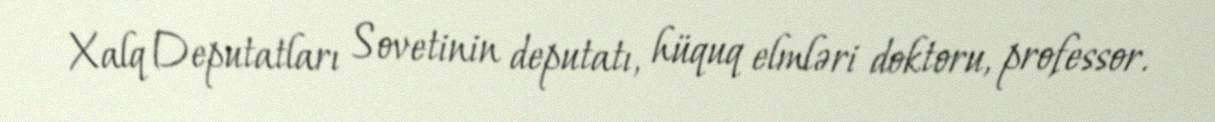
Xalq Deputatları Sovetinin deputatı, hüquq elmləri doktoru, professor.